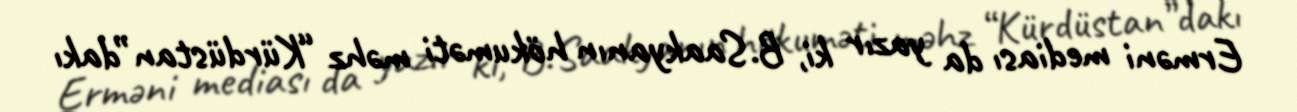
Erməni mediası da yazır ki, B.Saakyanın hökuməti məhz “Kürdüstan”dakı